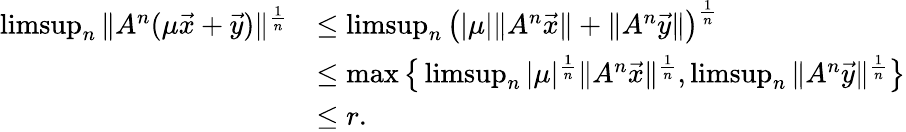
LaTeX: \begin{array}{rl}{\operatorname*{limsup}_{n}\| A^{n}(\mu\vec{x}+\vec{y})\| ^{\frac{1}{n}}}&{\le\operatorname*{limsup}_{n}\big(|\mu|\| A^{n}\vec{x}\| +\| A^{n}\vec{y}\| \big)^{\frac{1}{n}}}\\ &{\le\operatorname*{max}\big\{ \operatorname*{limsup}_{n}|\mu|^{\frac{1}{n}}\| A^{n}\vec{x}\| ^{\frac{1}{n}},\operatorname*{limsup}_{n}\| A^{n}\vec{y}\| ^{\frac{1}{n}}\big\} }\\ &{\le r.}\end{array}